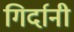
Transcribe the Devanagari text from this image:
गिर्दानी